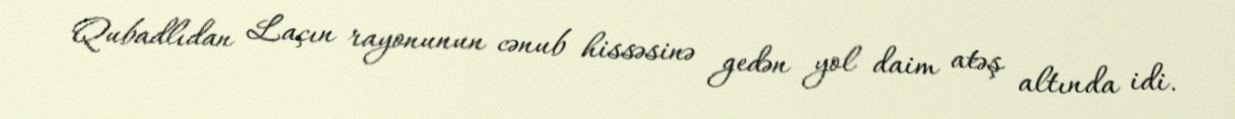
Qubadlıdan Laçın rayonunun cənub hissəsinə gedən yol daim atəş altında idi.